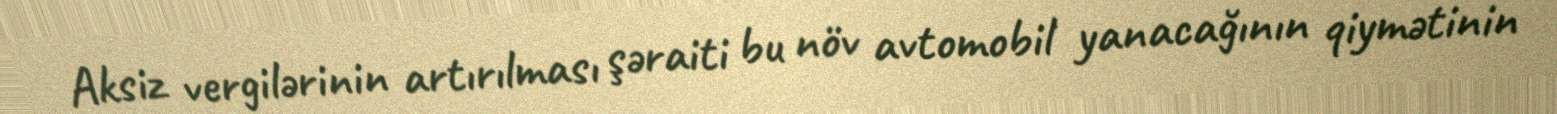
Aksiz vergilərinin artırılması şəraiti bu növ avtomobil yanacağının qiymətinin